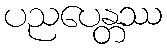
ပညပေန္တဿ